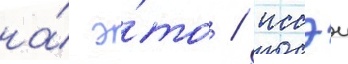
на́ э́то / иссэи